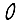
Digit: 0